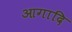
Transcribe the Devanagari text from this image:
आगादि